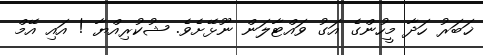
ޚަބަރު ހަދާ މީހުންގެ އަގު ވައްޓާލަން ނޫޅޭށެވެ. ޝުކުރިއްޔާ ! އައި އޭމް